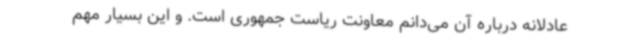
عادلانه درباره آن می‌دانم معاونت ریاست جمهوری است. و این بسیار مهم